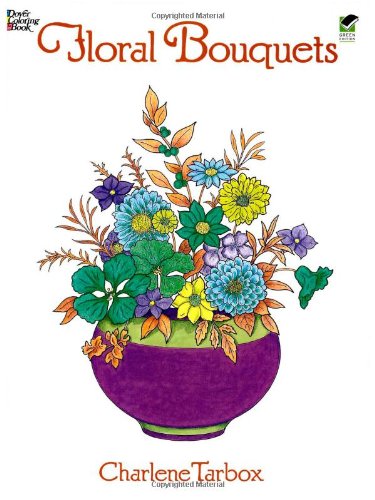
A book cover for Floral Bouquets Coloring Book (Dover Nature Coloring Book); Charlene Tarbox; Children's Books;